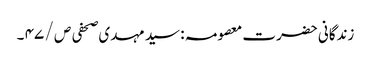
زندگانی حضرت معصومہ : سید مہدی صحفی ص / ۴۷ ۔